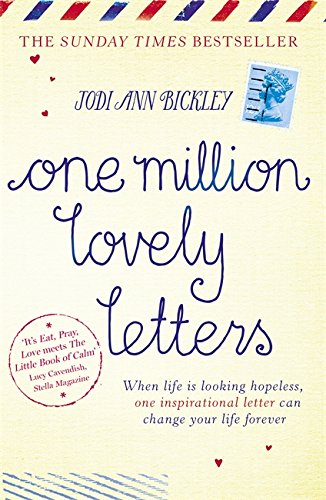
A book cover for One Million Lovely Letters: When Life is Looking Hopeless, One Inspirational Letter Can Change Your Life Forever; Jodi Ann Bickley; Biographies & Memoirs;